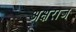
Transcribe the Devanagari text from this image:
अक्षराज